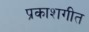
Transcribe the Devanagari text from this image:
प्रकाशगीत